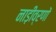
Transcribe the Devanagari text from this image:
नाड़ीव्रणों